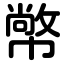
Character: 幤